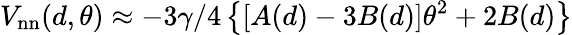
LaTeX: V_{\mathrm{nn}}(d,\theta)\approx-3\gamma/4\left\{ \left[A(d)-3B(d)\right]\theta^{2}+2B(d)\right\}